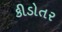
કીડોતર